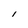
Character: I